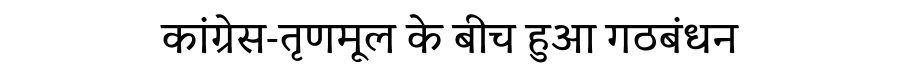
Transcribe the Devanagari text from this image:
कांग्रेस-तृणमूल के बीच हुआ गठबंधन